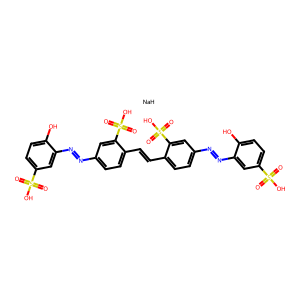
SMILES: O=S(=O)(O)c1ccc(O)c(N=Nc2ccc(C=Cc3ccc(N=Nc4cc(S(=O)(=O)O)ccc4O)cc3S(=O)(=O)O)c(S(=O)(=O)O)c2)c1.[NaH]
Inhibits HIV replication: No